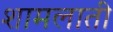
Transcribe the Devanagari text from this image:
शामलाती